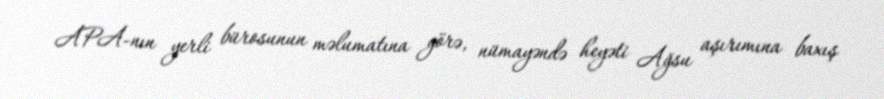
APA-nın yerli bürosunun məlumatına görə, nümayəndə heyəti Ağsu aşırımına baxış